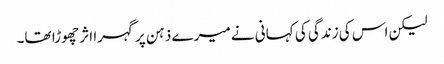
لیکن اس کی زندگی کی کہانی نے میرے ذہن پر گہرا اثر چھوڑا تھا۔